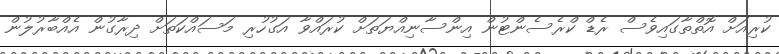
ކުރިއަށް އޮތްތާގައިވެސް ރެޑް ކްރެސެންޓުން އިންސާނިއްޔަތަށް ކުރައްވާ އަގުހުރި މަސައްކަތަށް ދިރާގުން އެއްބާރުލުން